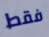
فقط